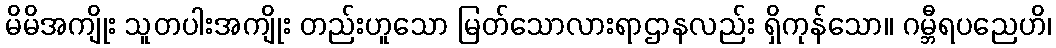
မိမိအကျိုး သူတပါးအကျိုး တည်းဟူသော မြတ်သောလားရာဌာနလည်း ရှိကုန်သော။ ဂမ္ဘီရပညေဟိ၊